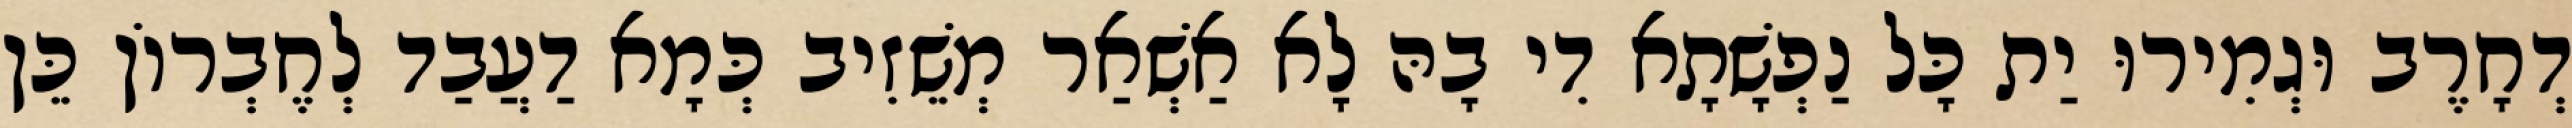
דְחָרֶב וּגְמִירוּ יַת כָּל נַפְשָׁתָא דִי בָהּ לָא אַשְׁאַר מְשֵׁזִיב כְּמָא דַעֲבַד לְחֶבְרוֹן כֵּן